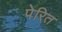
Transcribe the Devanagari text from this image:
पेरित